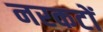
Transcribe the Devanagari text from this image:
नरकटों